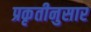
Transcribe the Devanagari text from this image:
प्रकृतीनुसार